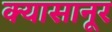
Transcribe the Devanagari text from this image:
क्यासानूर